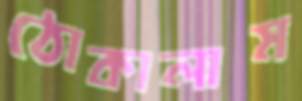
ঠোকালাম